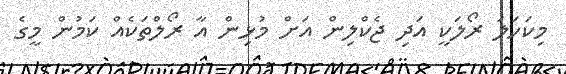
މިކަހަލަ ރޯލަކީ އަދި ޖެކްލިން އަށް މުޅިން އާ ރޯލްތަކެއް ކަމުން މީގެ